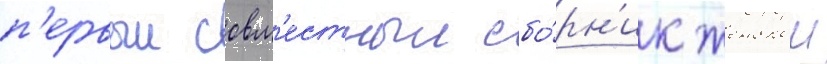
п'ервыи совм'естныи сбо́рн'ик женскои